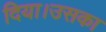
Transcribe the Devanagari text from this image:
दिया।उसका